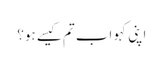
اپنی کہو اب تم کیسے ہو؟